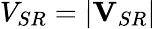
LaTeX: V_{SR}=|\mathbf{V}_{SR}|